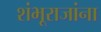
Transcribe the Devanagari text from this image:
शंभूराजांना